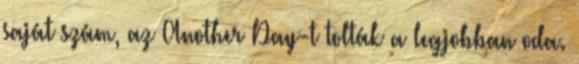
saját szám, az Another Day-t tolták a legjobban oda.